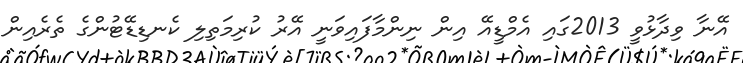
އޭނާ ވިދާޅުވީ 2013ގައި އެމްޑީއޭ އިން ނިންމާފައިވަނީ އޭރު ކުރިމަތިލި ކެނޑިޑޭޓުންގެ ތެރެއިން